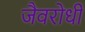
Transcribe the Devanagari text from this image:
जैवरोधी